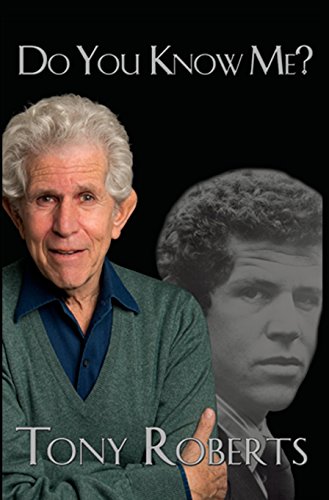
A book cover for Do You Know Me?; Tony Roberts; Biographies & Memoirs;